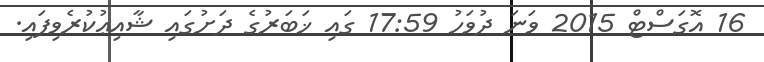
16 އޮގަސްޓް 2015 ވަނަ ދުވަހު 17:59 ގައި ޚަބަރުގެ ދަށުގައި ޝާއިޢުކުރެވިފައި.